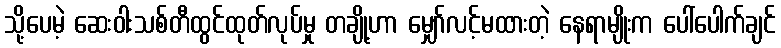
သို့ပေမဲ့ ဆေးဝါးသစ်တီထွင်ထုတ်လုပ်မှု တချို့ဟာ မျှော်လင့်မထားတဲ့ နေရာမျိုးက ပေါ်ပေါက်ချင်